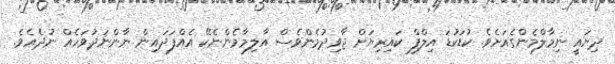
ދިޔައީ ނިމާލްމެންގެއަށެވެ. ކުޑަކުޑަ އިލްފް ކައިރިޔަށް ޖާވިދުމެންވެސް އާލިމާމެންނެކޭ އެއްފަދައިން ނާންނަދުވަހެއް ނުދެއެވެ.